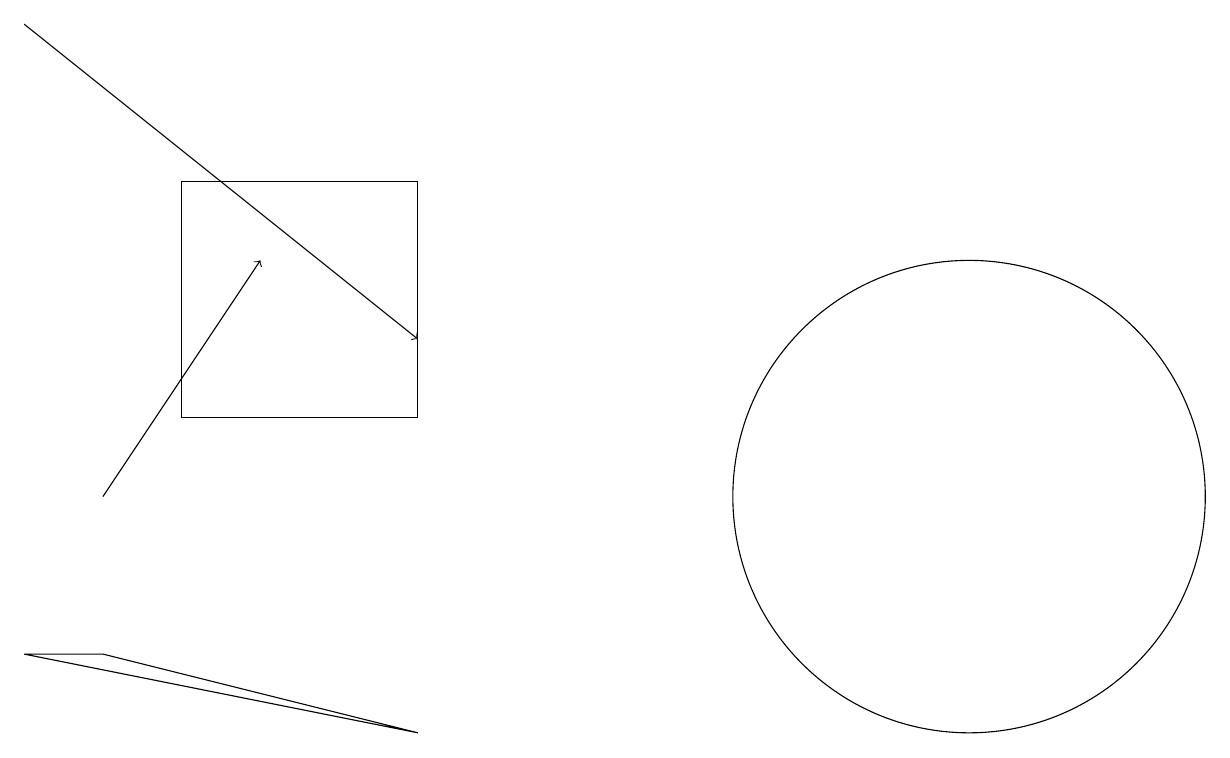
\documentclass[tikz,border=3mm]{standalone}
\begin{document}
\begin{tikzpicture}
\draw (2,12) rectangle (5,15);
\draw[->] (1,11) -- (3,14);
\draw[->] (0,17) -- (5,13);
\draw (1,9) -- (0,9) -- (5,8) -- cycle;
\draw (12,11) circle (3);
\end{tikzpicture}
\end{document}